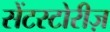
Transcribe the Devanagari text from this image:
सेंटस्टोरीज़